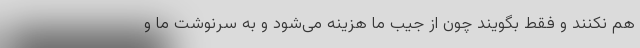
هم نکنند و فقط بگویند چون از جیب ما هزینه می‌شود و به سرنوشت ما و